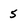
Character: 5